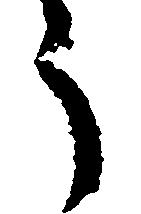
う